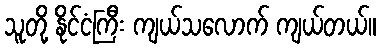
သူတို့ နိုင်ငံကြီး ကျယ်သလောက် ကျယ်တယ်။